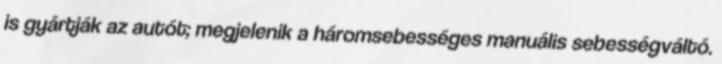
is gyártják az autót; megjelenik a háromsebességes manuális sebességváltó.